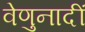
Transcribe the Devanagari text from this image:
वेणुनादीं